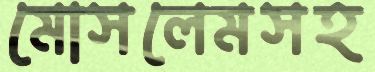
মোসলেমসহ